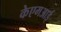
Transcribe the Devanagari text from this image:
केएमआई